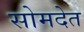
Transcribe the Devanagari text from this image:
सोमदेत